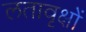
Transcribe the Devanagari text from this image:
लतावृक्षों